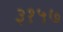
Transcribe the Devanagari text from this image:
३१५७